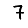
Digit: 7